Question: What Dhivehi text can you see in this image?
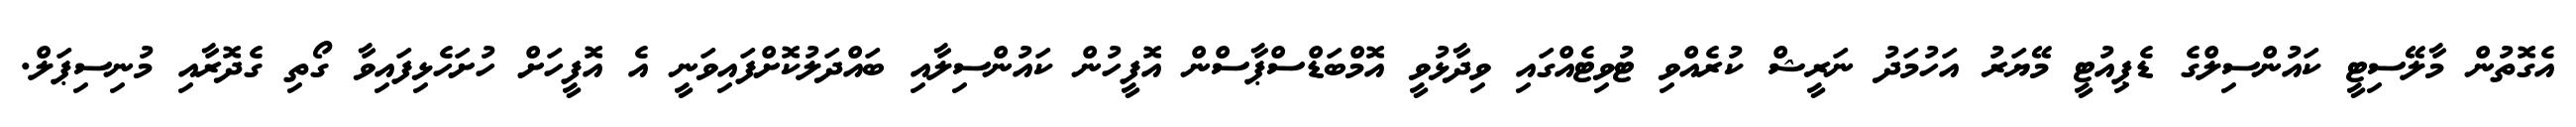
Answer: އެގޮތުން މާލޭސިޓީ ކައުންސިލްގެ ޑެޕިއުޓީ މޭޔަރު އަހުމަދު ނަރީޝް ކުރެއްވި ޓުވިޓެއްގައި ވިދާޅުވީ އޮމްބަޑްސްޕާސްން އޮފީހުން ކައުންސިލާއި ބައްދަލުކޮށްފައިވަނީ އެ އޮފީހަށް ހުށަހެޅިފައިވާ ގޯތި ގެދޮރާއި މުނިސިޕަލް.